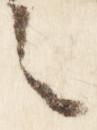
言